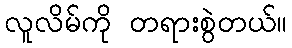
လူလိမ်ကို တရားစွဲတယ်။